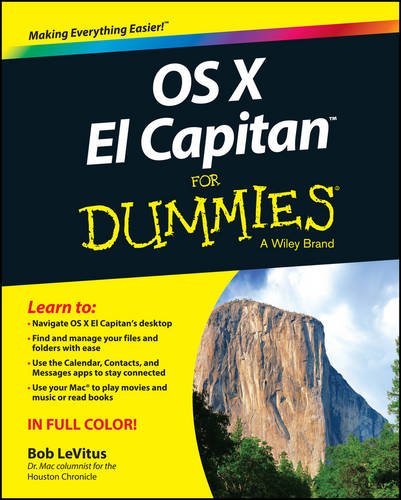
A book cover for OS X El Capitan For Dummies (For Dummies (Computer/Tech)); Bob LeVitus; Computers & Technology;